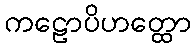
ကဠောပိဟတ္ထော